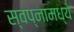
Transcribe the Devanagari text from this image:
स्वप्नामध्ये